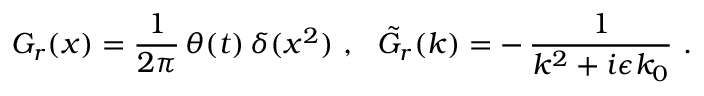
G _ { r } ( x ) = \frac { 1 } { 2 \pi } \, \theta ( t ) \, \delta ( x ^ { 2 } ) \, \, , \, \, \, \, \tilde { G } _ { r } ( k ) = - \, \frac { 1 } { k ^ { 2 } + i \epsilon k _ { 0 } } \, \, .